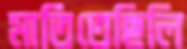
মাতিতেছিলি